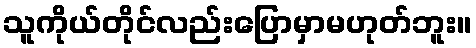
သူကိုယ်တိုင်လည်းပြောမှာမဟုတ်ဘူး။